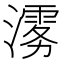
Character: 𱩉